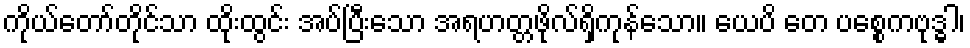
ကိုယ်တော်တိုင်သာ ထိုးထွင်း အပ်ပြီးသော အရဟတ္တဖိုလ်ရှိကုန်သော။ ယေပိ တေ ပစ္စေကဗုဒ္ဓါ၊